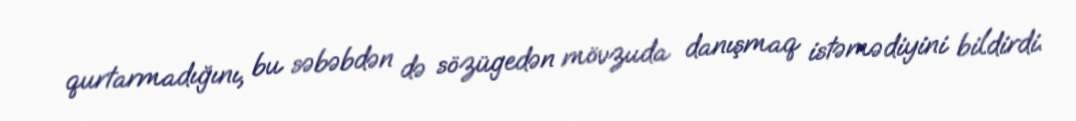
qurtarmadığını, bu səbəbdən də sözügedən mövzuda danışmaq istəmədiyini bildirdi.